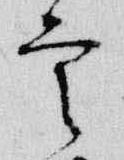
雲